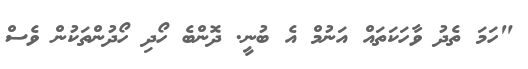
"ހަމަ ތެދު ވާހަކަތައް އަނުމް އެ ބުނީ. ދޮންބެ ހޯދި ހޯދުންތަކުން ވެސް